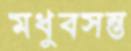
মধুবসন্ত